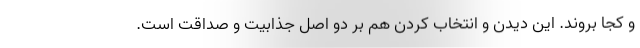
و کجا بروند. این دیدن و انتخاب کردن هم بر دو اصل جذابیت و صداقت است.